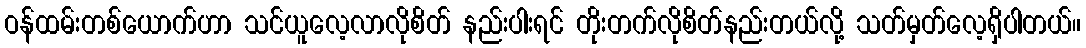
ဝန်ထမ်းတစ်ယောက်ဟာ သင်ယူလေ့လာလိုစိတ် နည်းပါးရင် တိုးတက်လိုစိတ်နည်းတယ်လို့ သတ်မှတ်လေ့ရှိပါတယ်။